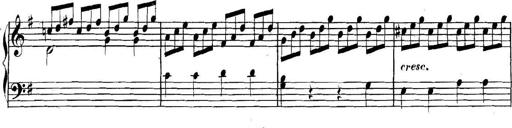
Title: Collected Piano Sonatas
Composer: Muzio Clementi